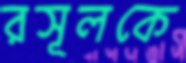
রসূলকে